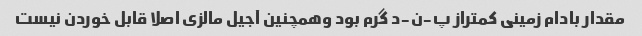
مقدار بادام زمینی کمتراز پ-ن-د گرم بود وهمچنین آجیل مالزی اصلا قابل خوردن نیست